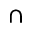
\cap